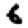
Digit: 6